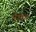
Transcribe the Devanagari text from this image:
भेजा।।